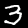
Label: 3